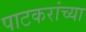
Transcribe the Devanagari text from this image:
पाटकरांच्या